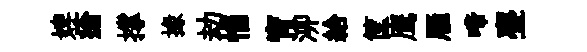
婢瘡撑掾劫惱宵泖給筐鹰雁啼亹